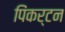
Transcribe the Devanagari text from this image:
पिंकर्टन